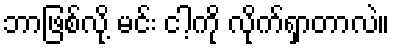
ဘာဖြစ်လို့ မင်း ငါ့ကို လိုက်ရှာတာလဲ။